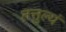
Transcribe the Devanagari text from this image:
तत्तुल्यं